Leaving Certificate Examination, 1903
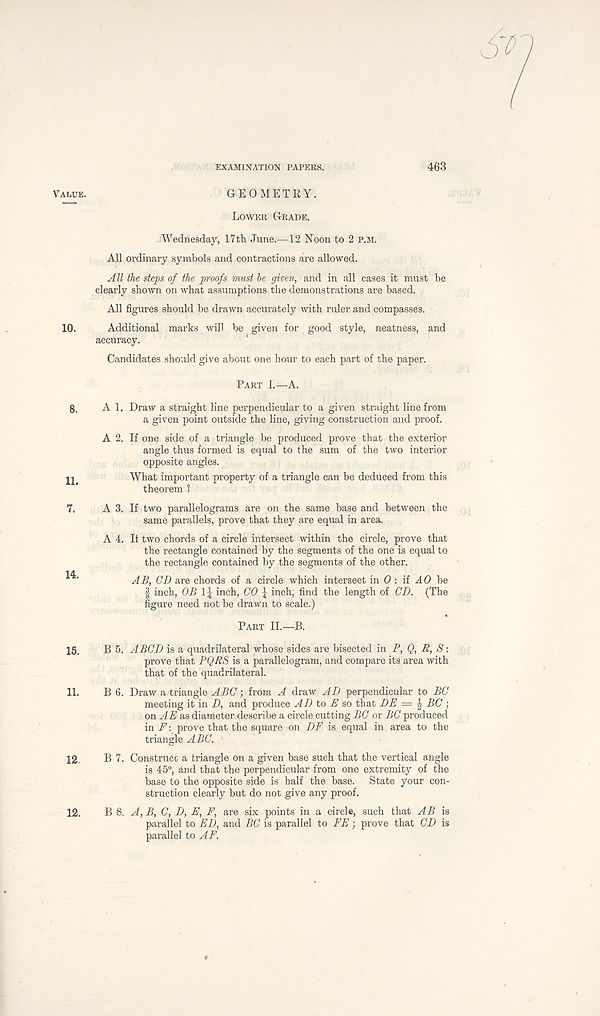
EXAMINATION PAPERS.
Value.
10.
8.
11.
7.
14.
15.
11.
12
12.
GEOMETRY.
Lower Grade.
Wednesday, 17th June.—12 Noon to 2 p.m.
All ordinary symbols and contractions are allowed.
All the steps of the proofs must be given, and in all cases it must be
clearly shown on what assumptions the demonstrations are based.
All figures should be drawn accurately with ruler and compasses.
Additional marks will be given for good style, neatness, and
accuracy.
Candidates should give about one hour to each part of the paper.
Part I.—A.
A 1. Draw a straight line perpendicular to a given straight line from
a given point outside the line, giving construction and proof.
A 2. If one side of a triangle be produced prove that the exterior
angle thus formed is equal to the sum of the two interior
opposite angles.
What important property of a triangle can be deduced from this
theorem 1
A 3. If two parallelograms are on the same base and between the
same parallels, prove that they are equal in area.
A 4. If two chords of a circle intersect within the circle, prove that
the rectangle contained by the segments of the one is equal to
the rectangle contained by the segments of the other.
AB, CD are chords of a circle which intersect in (9 : if JO be
f inch, OB 1| inch, CO J inch; find the length of CD. (The
figure need not be drawn to scale.)
Part II.—B.
B 5. A BCD is a quadrilateral whose sides are bisected in P, Q, R, S\
prove that PQRS is a parallelogram, and compare its area with
that of the quadrilateral.
B 6. Draw a triangle ABC; from A draw AD perpendicular to BC
meeting it in D, and produce AD to E so that BE — \ BC ;
on A E as diameter describe a circle cutting BC or BC produced
in F: prove that the square on DF is equal in area to the
triangle ABC.
B 7. Construct a triangle on a given base such that the vertical angle
is 45°, and that the perpendicular from one extremity of the
base to the opposite side is half the base. State your con-
struction clearly but do not give any proof.
B 8. A, B, C, D, E, F, are six points in a circle, such that AB is
parallel to ED, and BC is parallel to FE; prove that CD is
parallel to AF.